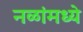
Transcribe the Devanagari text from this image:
नळांमध्ये